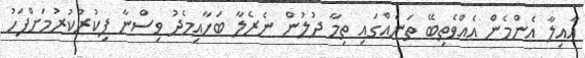
އާއިލާ އެންމެން އެއްވެތިބޭ ތަނެއްގައި ތިމާ ދުލުން ނެރެލާ ބަހާއިމެދު ވިސްނާ ފިކުރުކުރުމަށްފަހު